Senior Leaving Certificate Examination (including Day School Certificate (Higher) General paper), 1947
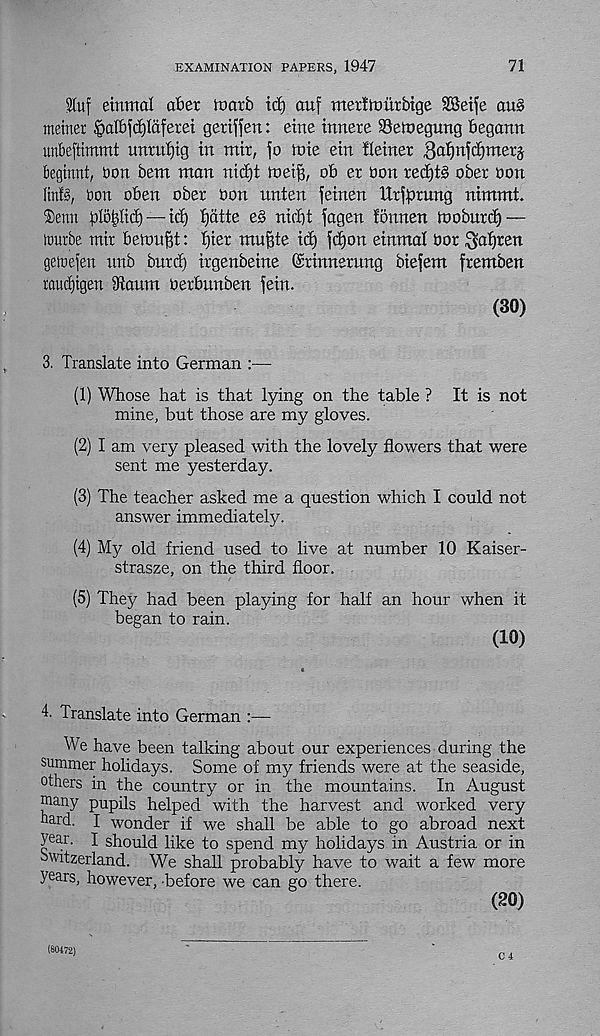
EXAMINATION PAPERS, 1947
71
2luf einmal abet toatb id) auf merltourbige SBei^e au§
metner §albjd)ldferei geriffen: eirte tnnere Setnegung begann
unbeftimmt unrufjtg in mir, jo ftrie ein ileiner |]a^nic£)merj
beginnt, bon bent man nidjt tneif), ob er bon redjtg ober bon
IM§, bon oben ober bon nnten feinen Urfprung nimntt.
®enn jilotilid) — id) f)dtte e§ nid)t fagen fonnen tooburd) —
tourbe mir beimtftt: f)tet mu^te id) fd)on einmal bor ^af)ren
getoefen unb bnrd) irgenbeine ©rinnerung biejem fremben
raudjtgen 3iaum berbunben fein.
(30)
3. Translate into German :■—
(1) Whose hat is that lying on the table ? It is not
mine, but those are my gloves.
(2) I am very pleased with the lovely flowers that were
sent me yesterday.
(3) The teacher asked me a question which I could not
answer immediately.
(4) My old friend used to live at number 10 Kaiser-
strasze, on the third floor.
(5) They had been playing for half an hour when it
began to rain.
(10)
4- Translate into German :—
We have been talking about our experiences during the
summer holidays. Some of my friends were at the seaside,
others in the country or in the mountains. In August
many pupils helped with the harvest and worked very
hard. I wonder if we shall be able to go abroad next
year. I should like to spend my holidays in Austria or in
Switzerland. We shall probably have to wait a few more
years, however, before we can go there.
(20)
C 4
(80472)